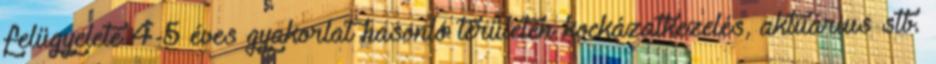
felügyelete 4-5 éves gyakorlat hasonló területen kockázatkezelés, aktuárius stb.